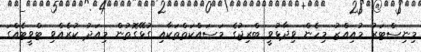
މިނިސްޓަރު މުއިއްޒު މިހެން ވިދާޅުވީ ބްރިޖުގެ މަސައްކަތްތަކާއި ގުޅޭގޮތުން މިއަދު ކުރެއްވި ޓްވީޓެެއްގަ